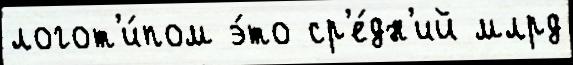
логот'и́пом э́то ср'е́дн'ий млрд